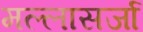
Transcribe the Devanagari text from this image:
मल्लासर्जा